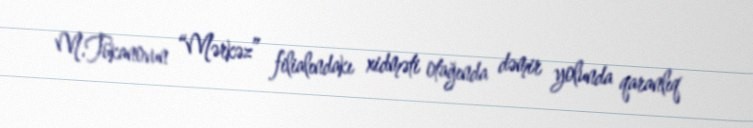
M.Tükanovun “Mərkəz” filialındakı xidməti otağında dəmir yolunda qaranlıq